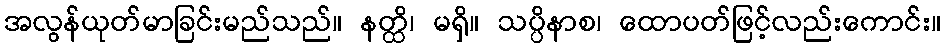
အလွန်ယုတ်မာခြင်းမည်သည်။ နတ္ထိ၊ မရှိ။ သပ္ပိနာစ၊ ထောပတ်ဖြင့်လည်းကောင်း။